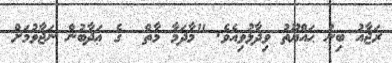
ރަޖާއު ބިނު ޙައްޔޫތު ވިދާޅުވިއެވެ. "މާދަމާ މާތް  ގެ ޢަޛާބުން ނަޖާވުމަށް